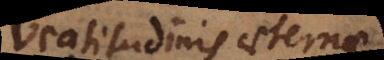
beatitudinis aeternae,